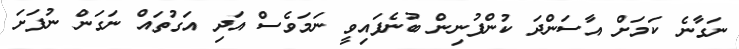
ނަގާނެ ކަމަށް އާސަންދަ ކުންފުނިން ބުނެފައިވީ ނަމަވެސް އަދި އަގުތައް ނަގަން ނުފަށަ